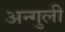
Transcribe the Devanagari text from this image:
अन्गुली